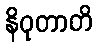
နိဝုတာတိ